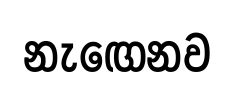
නැඟෙනව